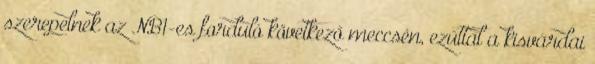
szerepelnek az NB1-es forduló következő meccsén, ezúttal a kisvárdai